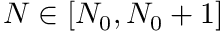
N \in [ N _ { 0 } , N _ { 0 } + 1 ]